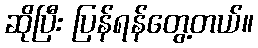
ဆိုပြီး ပြန်ရန်တွေ့တယ်။